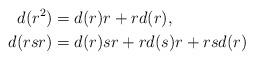
LaTeX: \begin{align*} d(r^2)&=d(r)r+rd(r),\\ d(rsr)&=d(r)sr+rd(s)r+rsd(r)\end{align*}